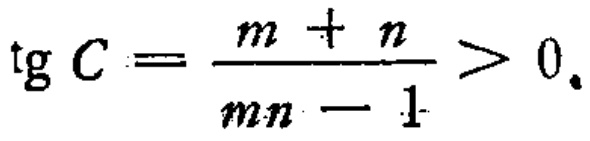
\(\operatorname{tg} C=\frac{m + n}{mn - 1}>0.\)